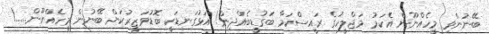
ބޭނުންވި މީހެއްނޫން އެކަމު މަޖްލީހުގެ ރައީސްކަމާ ބަގުޑީބެއްދިން! އަޅުގަނޑަކީ ބޮޑުވަޒީރުކަން ބޭނުން މީހެއްނޫން......!